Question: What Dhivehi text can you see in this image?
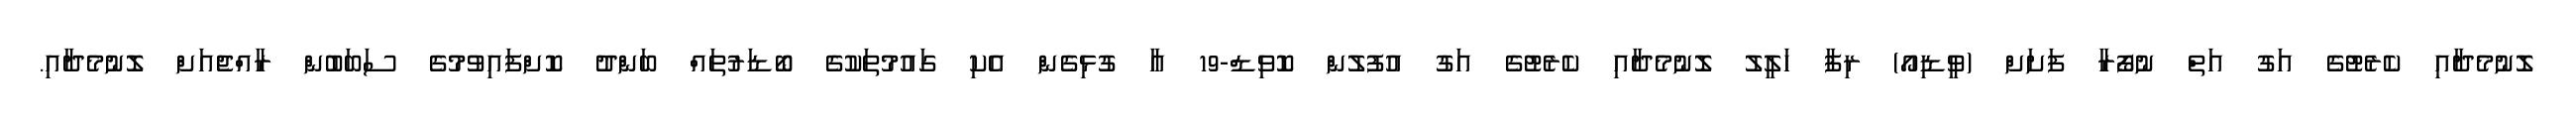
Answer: ލޮނުމެދާއި ކެރެޓުގެ އަގު އަތް ނުފޯރާ ފަށަށް (ވީޑިއޯ) ރިފާ ހަލީލު ލޮނުމެދާއި ކެރެޓުގެ އަގު އުފުލުން ކޮވިޑް-19 އާ ގުޅިގެން އެކި ގައުމުތަކުގެ ބޯޑަރުތައް ބަންދު ކޮށްފައިވުމުގެ ސަބަބުން ރާއްޖެއަށް ލޮނުމެދާއި.